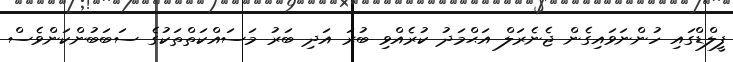
ފީލްޑްގައި ހުންނަވައިގެން ޖެނެރަލް އަޙްމަދު ކުރެއްވި ބުރަ އަދި ބަރު މަސައްކަތްތަކުގެ ސަބަބުންކަންވެސް